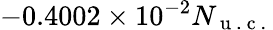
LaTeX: -0.4002\times 10^{-2}N_{\mathrm{~u~.~c~.~}}